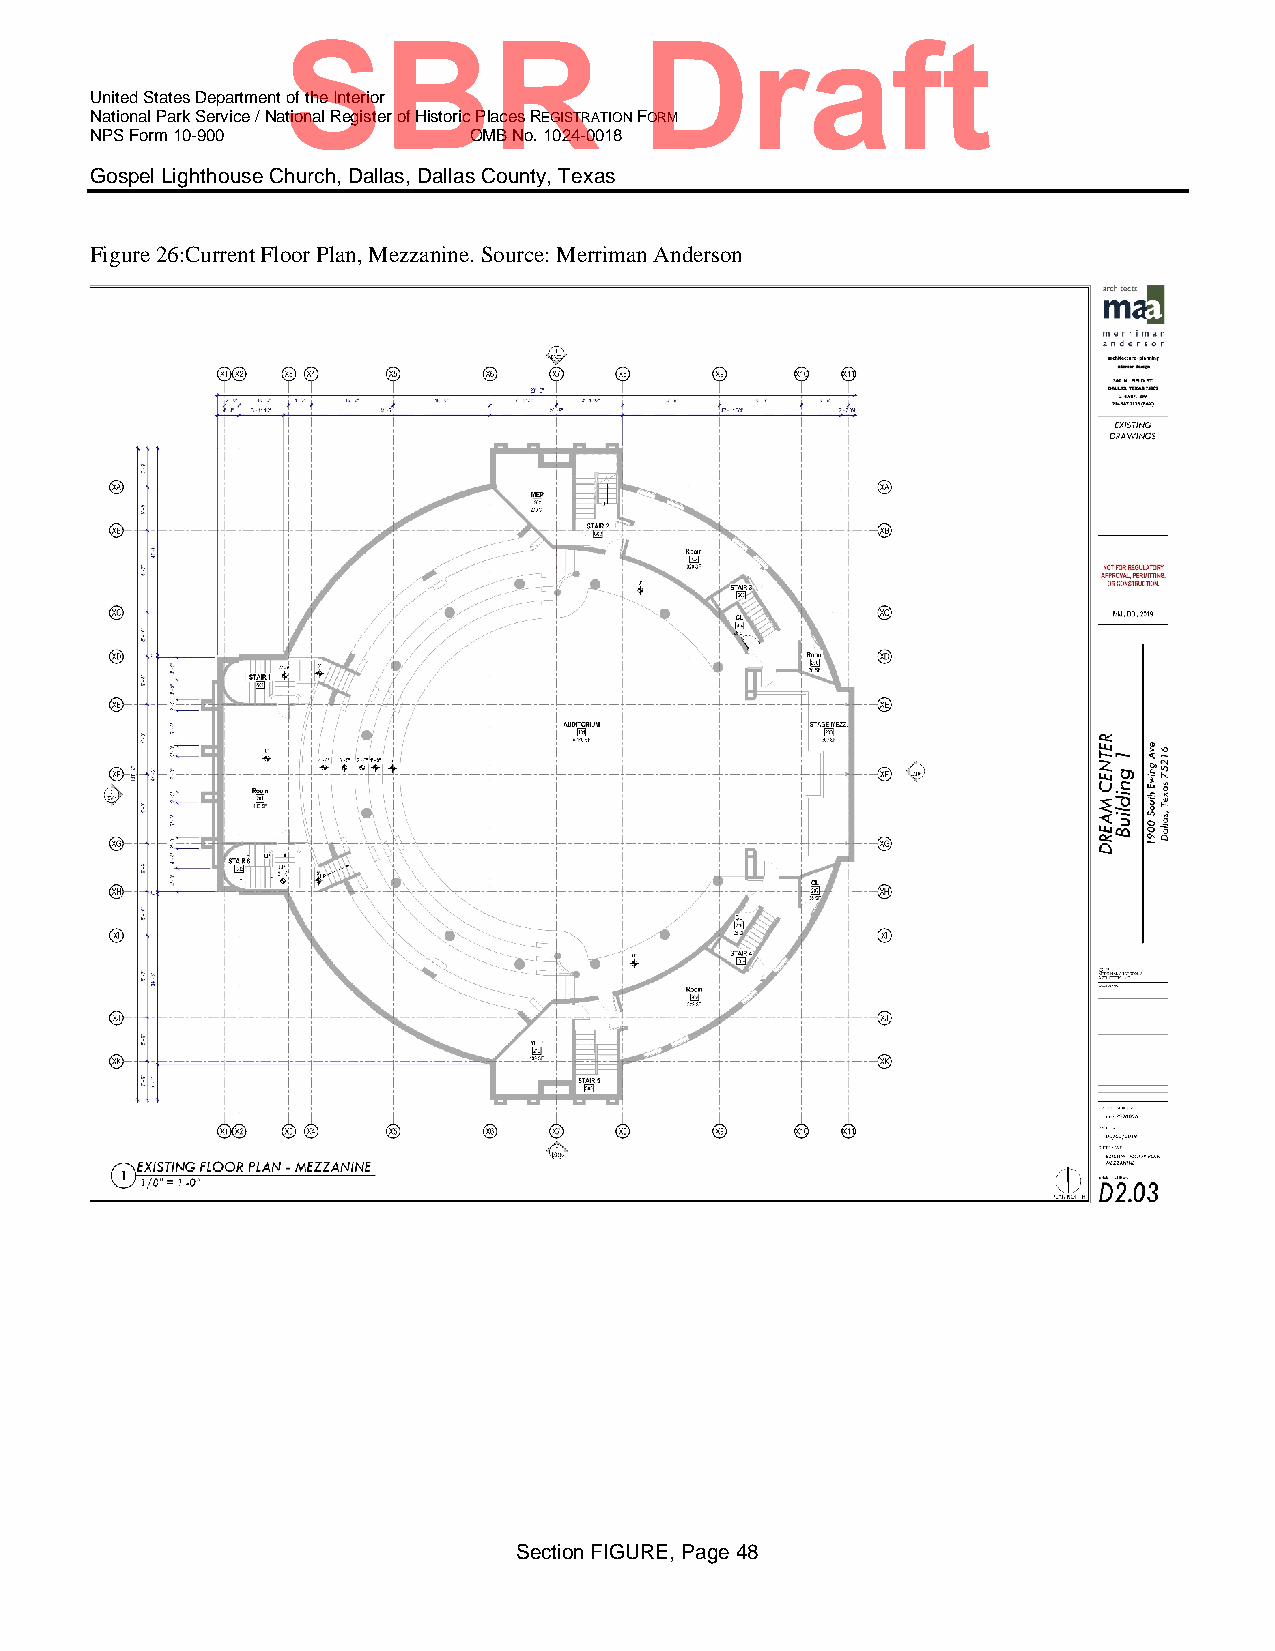
SBR                    Draft
 United States Department of the Interior
 National Park Service / National Register of Historic Places REGISTRATION FORM
 NPS Form 10-900          OMB No. 1024-0018
 Gospel Lighthouse Church, Dallas, Dallas County, Texas
 Figure 26:Current Floor Plan, Mezzanine. Source: Merriman Anderson
 Section FIGURE, Page 48